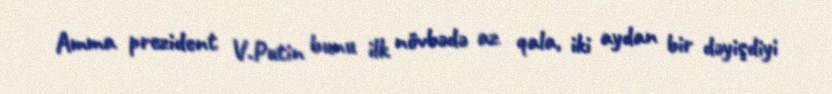
Amma prezident V.Putin bunu ilk növbədə az qala, iki aydan bir dəyişdiyi